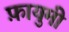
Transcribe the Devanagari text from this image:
फ़ायुमी